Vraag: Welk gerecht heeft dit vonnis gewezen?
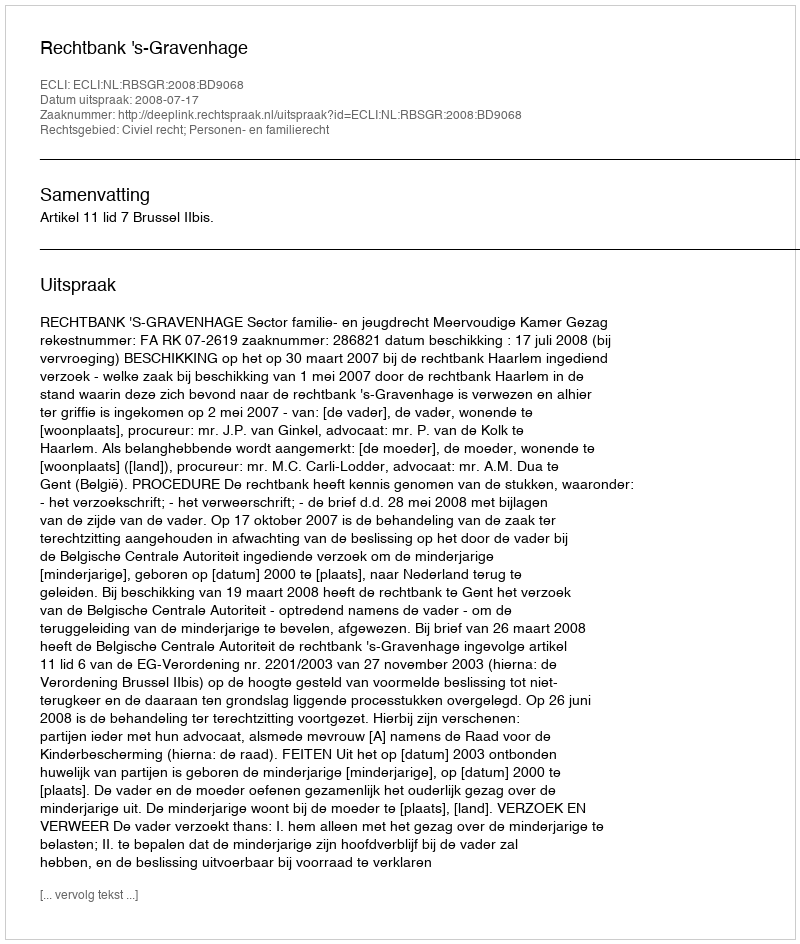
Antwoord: Rechtbank 's-Gravenhage